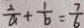
\frac { 2 } { a } + \frac { 1 } { b } = \frac { 7 } { 6 }